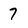
Character: 7